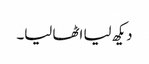
دیکھ لیا اٹھا لیا۔